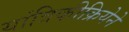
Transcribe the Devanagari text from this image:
यांत्रिकीक्रियेने